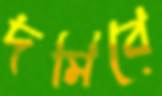
দমিবে